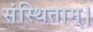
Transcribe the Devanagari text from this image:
संस्थिताम्‌।